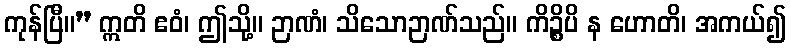
ကုန်ပြီ။” ဣတိ ဧဝံ၊ ဤသို့။ ဉာဏံ၊ သိသောဉာဏ်သည်။ ကိဉ္စိပိ န ဟောတိ၊ အကယ်၍